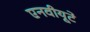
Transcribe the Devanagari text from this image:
एनवीयूटे